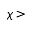
\chi >